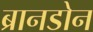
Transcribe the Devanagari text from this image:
ब्रानडोन